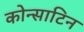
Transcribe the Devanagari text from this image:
कोन्साटिन